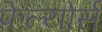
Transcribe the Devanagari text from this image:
फेल्योर्स